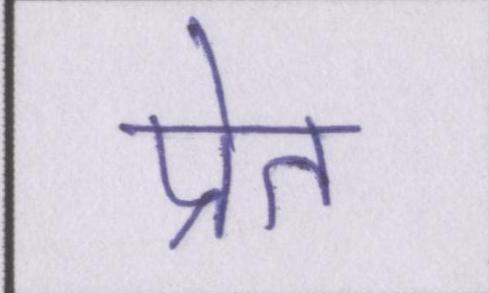
प्रेत